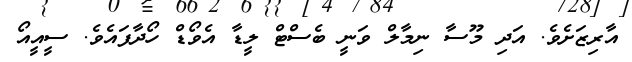
އާރިޒަށެވެ. އަދި މޫސާ ނިމާލް ވަނީ ބެސްޓް ލީޑާ އެވޯޑް ހޯދާފައެވެ. ސީއީއޯ